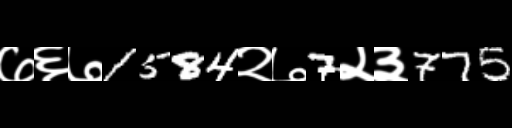
Text: ७६७1584२७7२३775